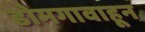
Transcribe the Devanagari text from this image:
डोमगावाहून